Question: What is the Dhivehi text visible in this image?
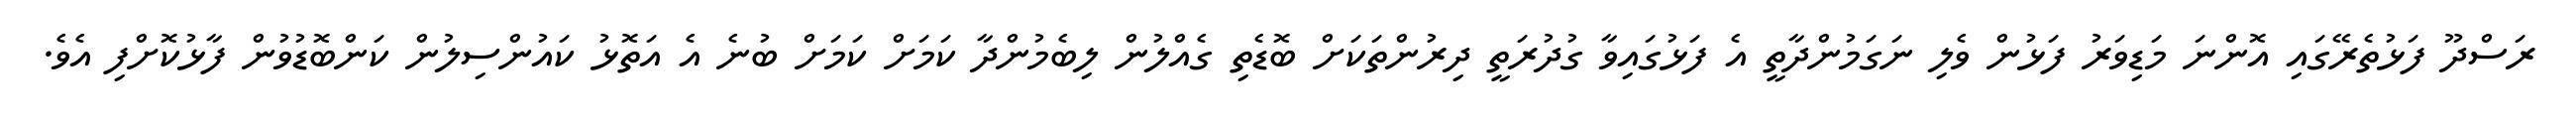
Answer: ރަސްދޫ ފަޅުތެރޭގައި އޮންނަ މަޑިވަރު ފަޅުން ވެލި ނަގަމުންދާތީ އެ ފަޅުގައިވާ ގުދުރަތީ ދިރުންތަކަށް ބޮޑެތި ގެއްލުން ލިބެމުންދާ ކަމަށް ކަމަށް ބުނެ އެ އަތޮޅު ކައުންސިލުން ކަންބޮޑުވުން ފާޅުކޮށްފި އެވެ.